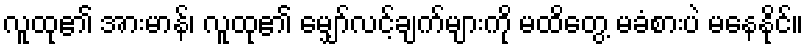
လူထု၏ အားမာန်၊ လူထု၏ မျှော်လင့်ချက်များကို မထိတွေ့ မခံစားပဲ မနေနိုင်။